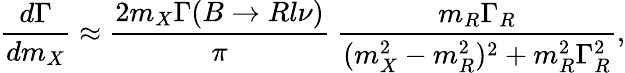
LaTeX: {\frac{d\Gamma}{dm_{X}}}\approx{\frac{2m_{X}\Gamma(B\rightarrow Rl\nu)}{\pi}}~{\frac{m_{R}\Gamma_{R}}{(m_{X}^{2}-m_{R}^{2})^{2}+m_{R}^{2}\Gamma_{R}^{2}}},